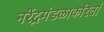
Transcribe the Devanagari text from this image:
नरेंद्रमंडळाकरितां